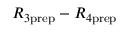
R _ { 3 \mathrm { p r e p } } - R _ { 4 \mathrm { p r e p } }